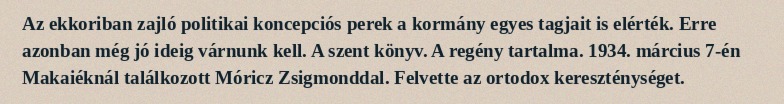
Az ekkoriban zajló politikai koncepciós perek a kormány egyes tagjait is elérték. Erre azonban még jó ideig várnunk kell. A szent könyv. A regény tartalma. 1934. március 7-én Makaiéknál találkozott Móricz Zsigmonddal. Felvette az ortodox kereszténységet.